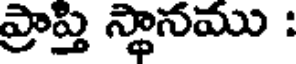
ప్రాప్తి స్థానము :